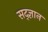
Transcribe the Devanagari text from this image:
सद्ज्ञान